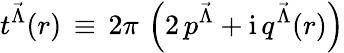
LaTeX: t^{{\vec{\Lambda}}}(r)\, \equiv\, 2\pi\, \left(2\, p^{{\vec{\Lambda}}}+\mathrm{i}\, q^{{\vec{\Lambda}}}(r)\right)